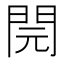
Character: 䦎